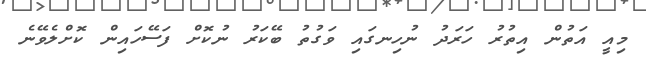
މިއީ އަތުން އިތުރު ހަރަދު ނުހިނގައި ވަގުތު ބޭކަރު ނުކޮށް ފަސޭހައިން ކޮށްލެވޭނެ